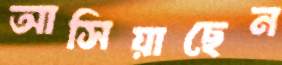
আসিয়াছেন